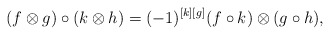
\begin{align*} (f\otimes g)\circ(k\otimes h)=(-1)^{[k][g]}(f\circ k)\otimes (g\circ h),\end{align*}